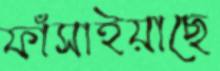
ফাঁসাইয়াছে